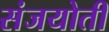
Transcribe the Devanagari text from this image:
संजयोती